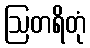
ဩတရိတုံ